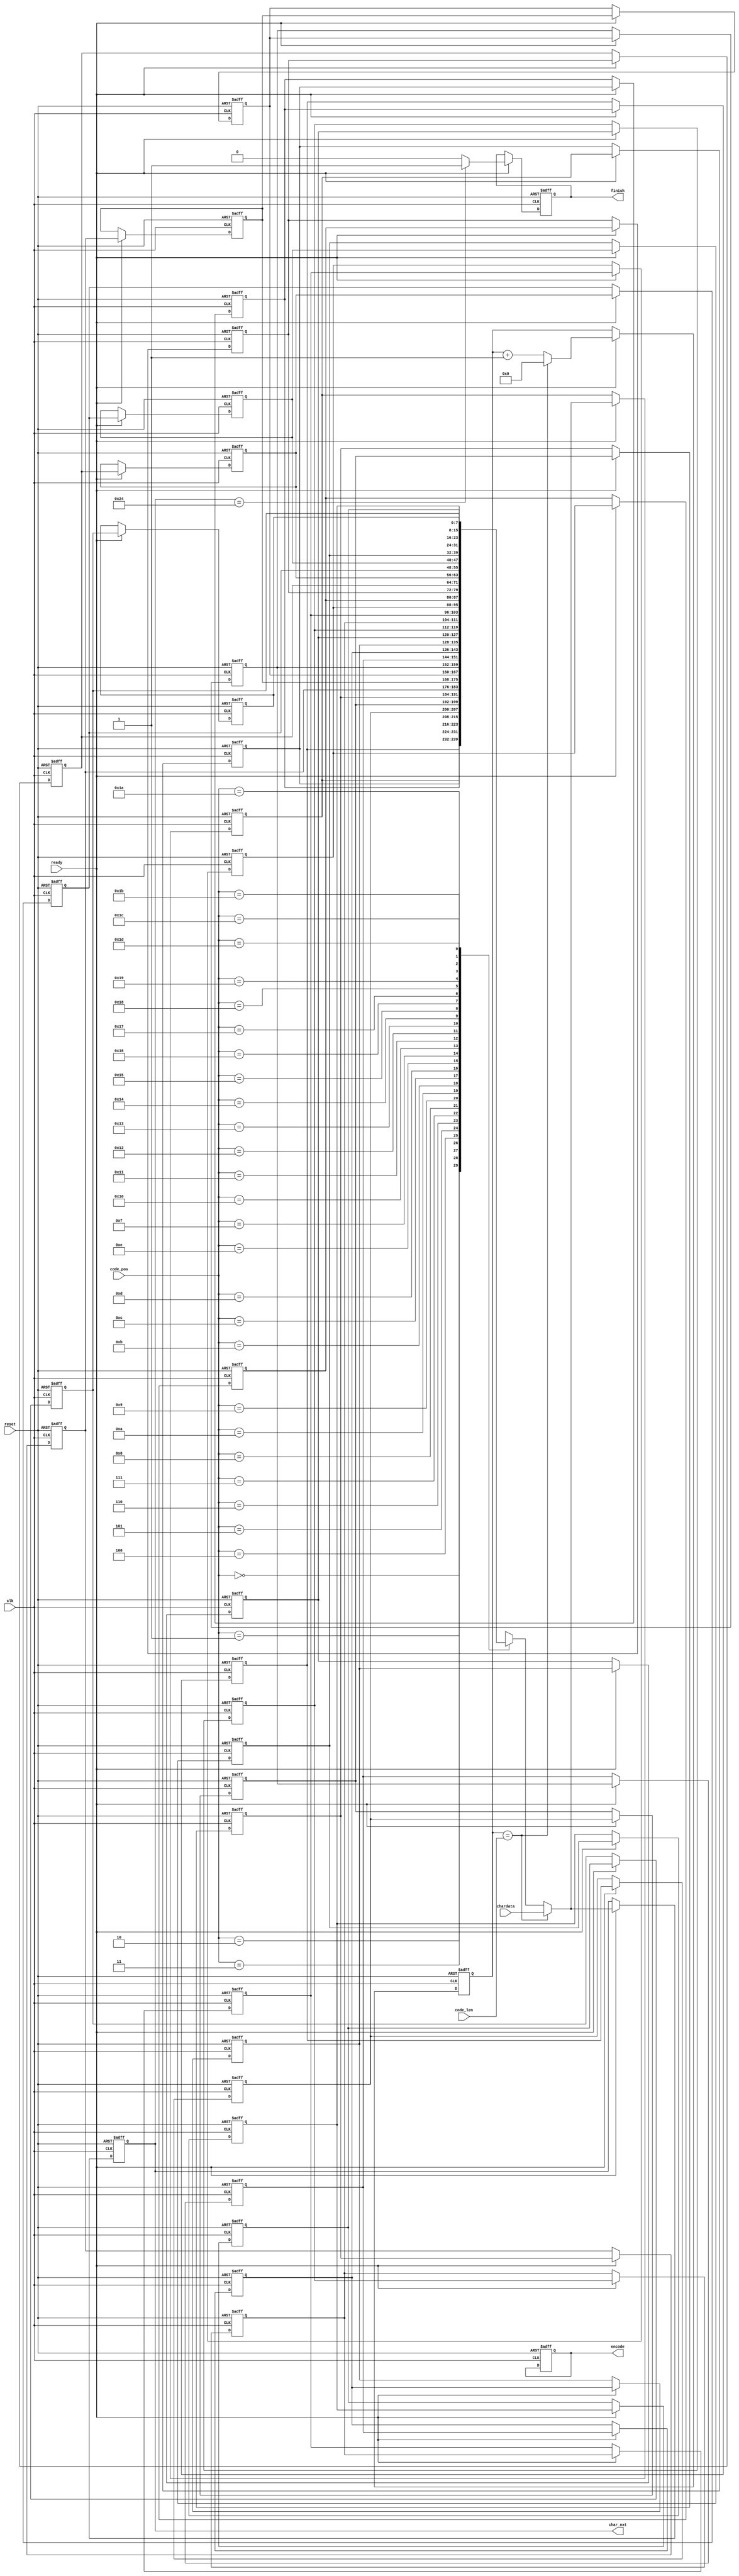
module LZ77_Decoder(clk,reset,ready,code_pos,code_len,chardata,encode,finish,char_nxt);

input 				clk;
input 				reset;
input				ready;
input 		[4:0] 	code_pos;
input 		[4:0] 	code_len;
input 		[7:0] 	chardata;
output  	reg		encode;
output  	reg		finish;
output 	  	reg	 [7:0] 	char_nxt;

reg			[4:0]	output_counter;	
reg			[7:0]	search_buffer[29:0];

integer		idx;

always @(posedge clk or posedge reset)
begin
	if(reset)
	begin
		finish <= 0;
		output_counter <= 0;
		encode <= 0;
		char_nxt <= 0;

		for(idx=0; idx <30; idx = idx +1)begin
			search_buffer[idx] <= 0;
		end
	end
	else
	begin
		if(ready)begin
			char_nxt <= (output_counter == code_len) ? chardata : search_buffer[code_pos];

			for(idx=0; idx < 30; idx = idx +1)begin
				search_buffer[idx] <= search_buffer[idx-1];
			end
			
			search_buffer[0] <= (output_counter == code_len) ? chardata : search_buffer[code_pos];
			output_counter <= (output_counter == code_len) ? 0 : output_counter+1;
			finish <= (char_nxt==8'h24) ? 1 : 0;
		end
	end
end
	
endmodule